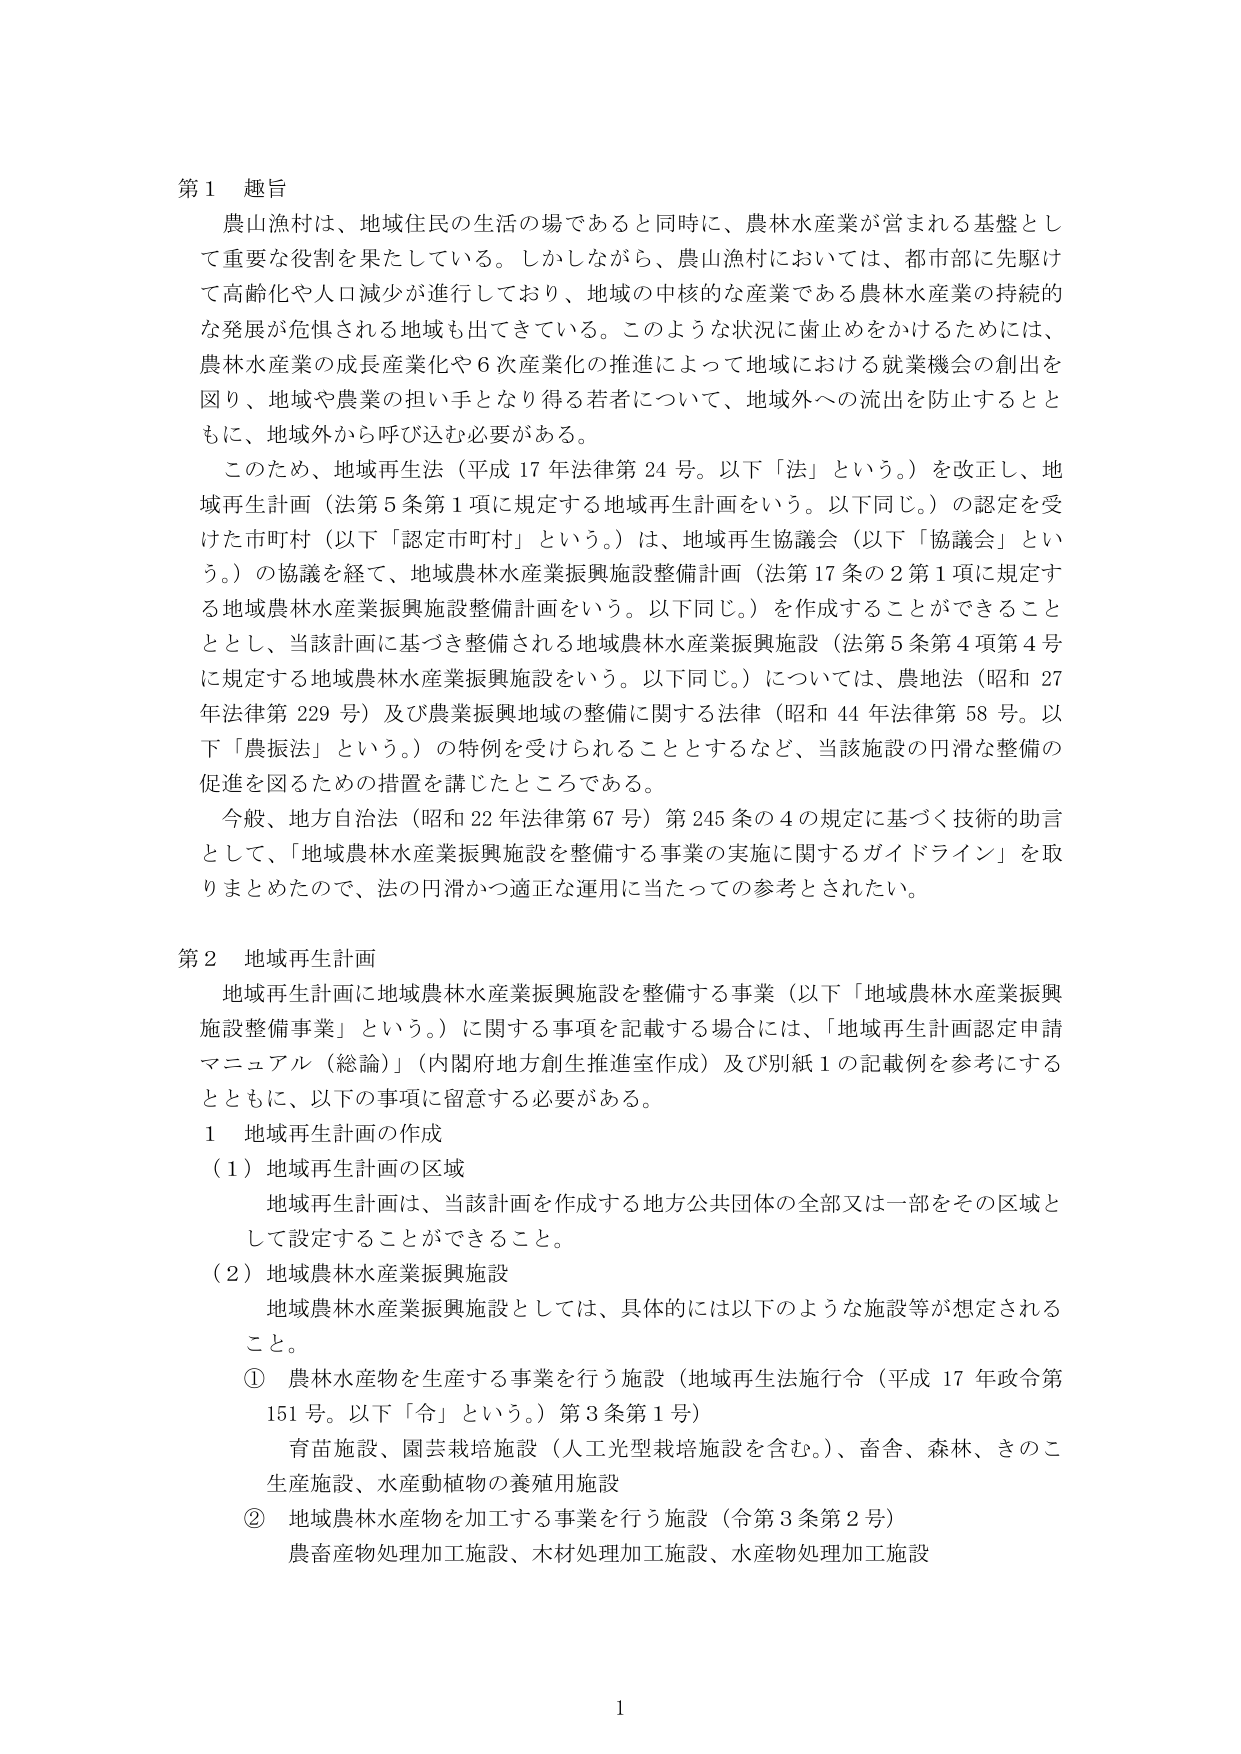
第１ 趣旨
農山漁村は、地域住民の生活の場であると同時に、農林水産業が営まれる基盤として重要な役割を果たしている。しかしながら、農山漁村においては、都市部に先駆けて高齢化や人口減少が進行しており、地域の中核的な産業である農林水産業の持続的な発展が危惧される地域も出てきている。このような状況に歯止めをかけるためには、農林水産業の成長産業化や６次産業化の推進によって地域における就業機会の創出を図り、地域や農業の担い手となり得る若者について、地域外への流出を防止するとともに、地域外から呼び込む必要がある。
このため、地域再生法（平成17年法律第24号。以下「法」という。）を改正し、地域再生計画（法第5条第1項に規定する地域再生計画をいう。以下同じ。）の認定を受けた市町村（以下「認定市町村」という。）は、地域再生協議会（以下「協議会」という。）の協議を経て、地域農林水産業振興施設整備計画（法第17条の2第1項に規定する地域農林水産業振興施設整備計画をいう。以下同じ。）を作成することができることとし、当該計画に基づき整備される地域農林水産業振興施設（法第5条第4項第4号に規定する地域農林水産業振興施設をいう。以下同じ。）については、農地法（昭和27年法律第229号）及び農業振興地域の整備に関する法律（昭和44年法律第58号。以下「農振法」という。）の特例を受けられることとするなど、当該施設の円滑な整備の促進を図るための措置を講じたところである。
今般、地方自治法（昭和22年法律第67号）第245条の4の規定に基づく技術的助言として、「地域農林水産業振興施設を整備する事業の実施に関するガイドライン」を取りまとめたので、法の円滑かつ適正な運用に当たっての参考とされたい。

第２ 地域再生計画
地域再生計画に地域農林水産業振興施設を整備する事業（以下「地域農林水産業振興施設整備事業」という。）に関する事項を記載する場合には、「地域再生計画認定申請マニュアル（総論）」（内閣府地方創生推進室作成）及び別紙１の記載例を参考にするとともに、以下の事項に留意する必要がある。
１ 地域再生計画の作成
（１）地域再生計画の区域
　地域再生計画は、当該計画を作成する地方公共団体の全部又は一部をその区域として設定することができる。
（２）地域農林水産業振興施設
　地域農林水産業振興施設としては、具体的には以下のような施設等が想定されること。
　① 農林水産物を生産する事業を行う施設（地域再生法施行令（平成17年政令第151号。以下「令」という。）第3条第1号）
　　　育苗施設、園芸栽培施設（人工光型栽培施設を含む。）、畜舎、森林、きのこ生産施設、水産動植物の養殖用施設
　② 地域農林水産物を加工する事業を行う施設（令第3条第2号）
　　　農畜産物処理加工施設、木材処理加工施設、水産物処理加工施設

1